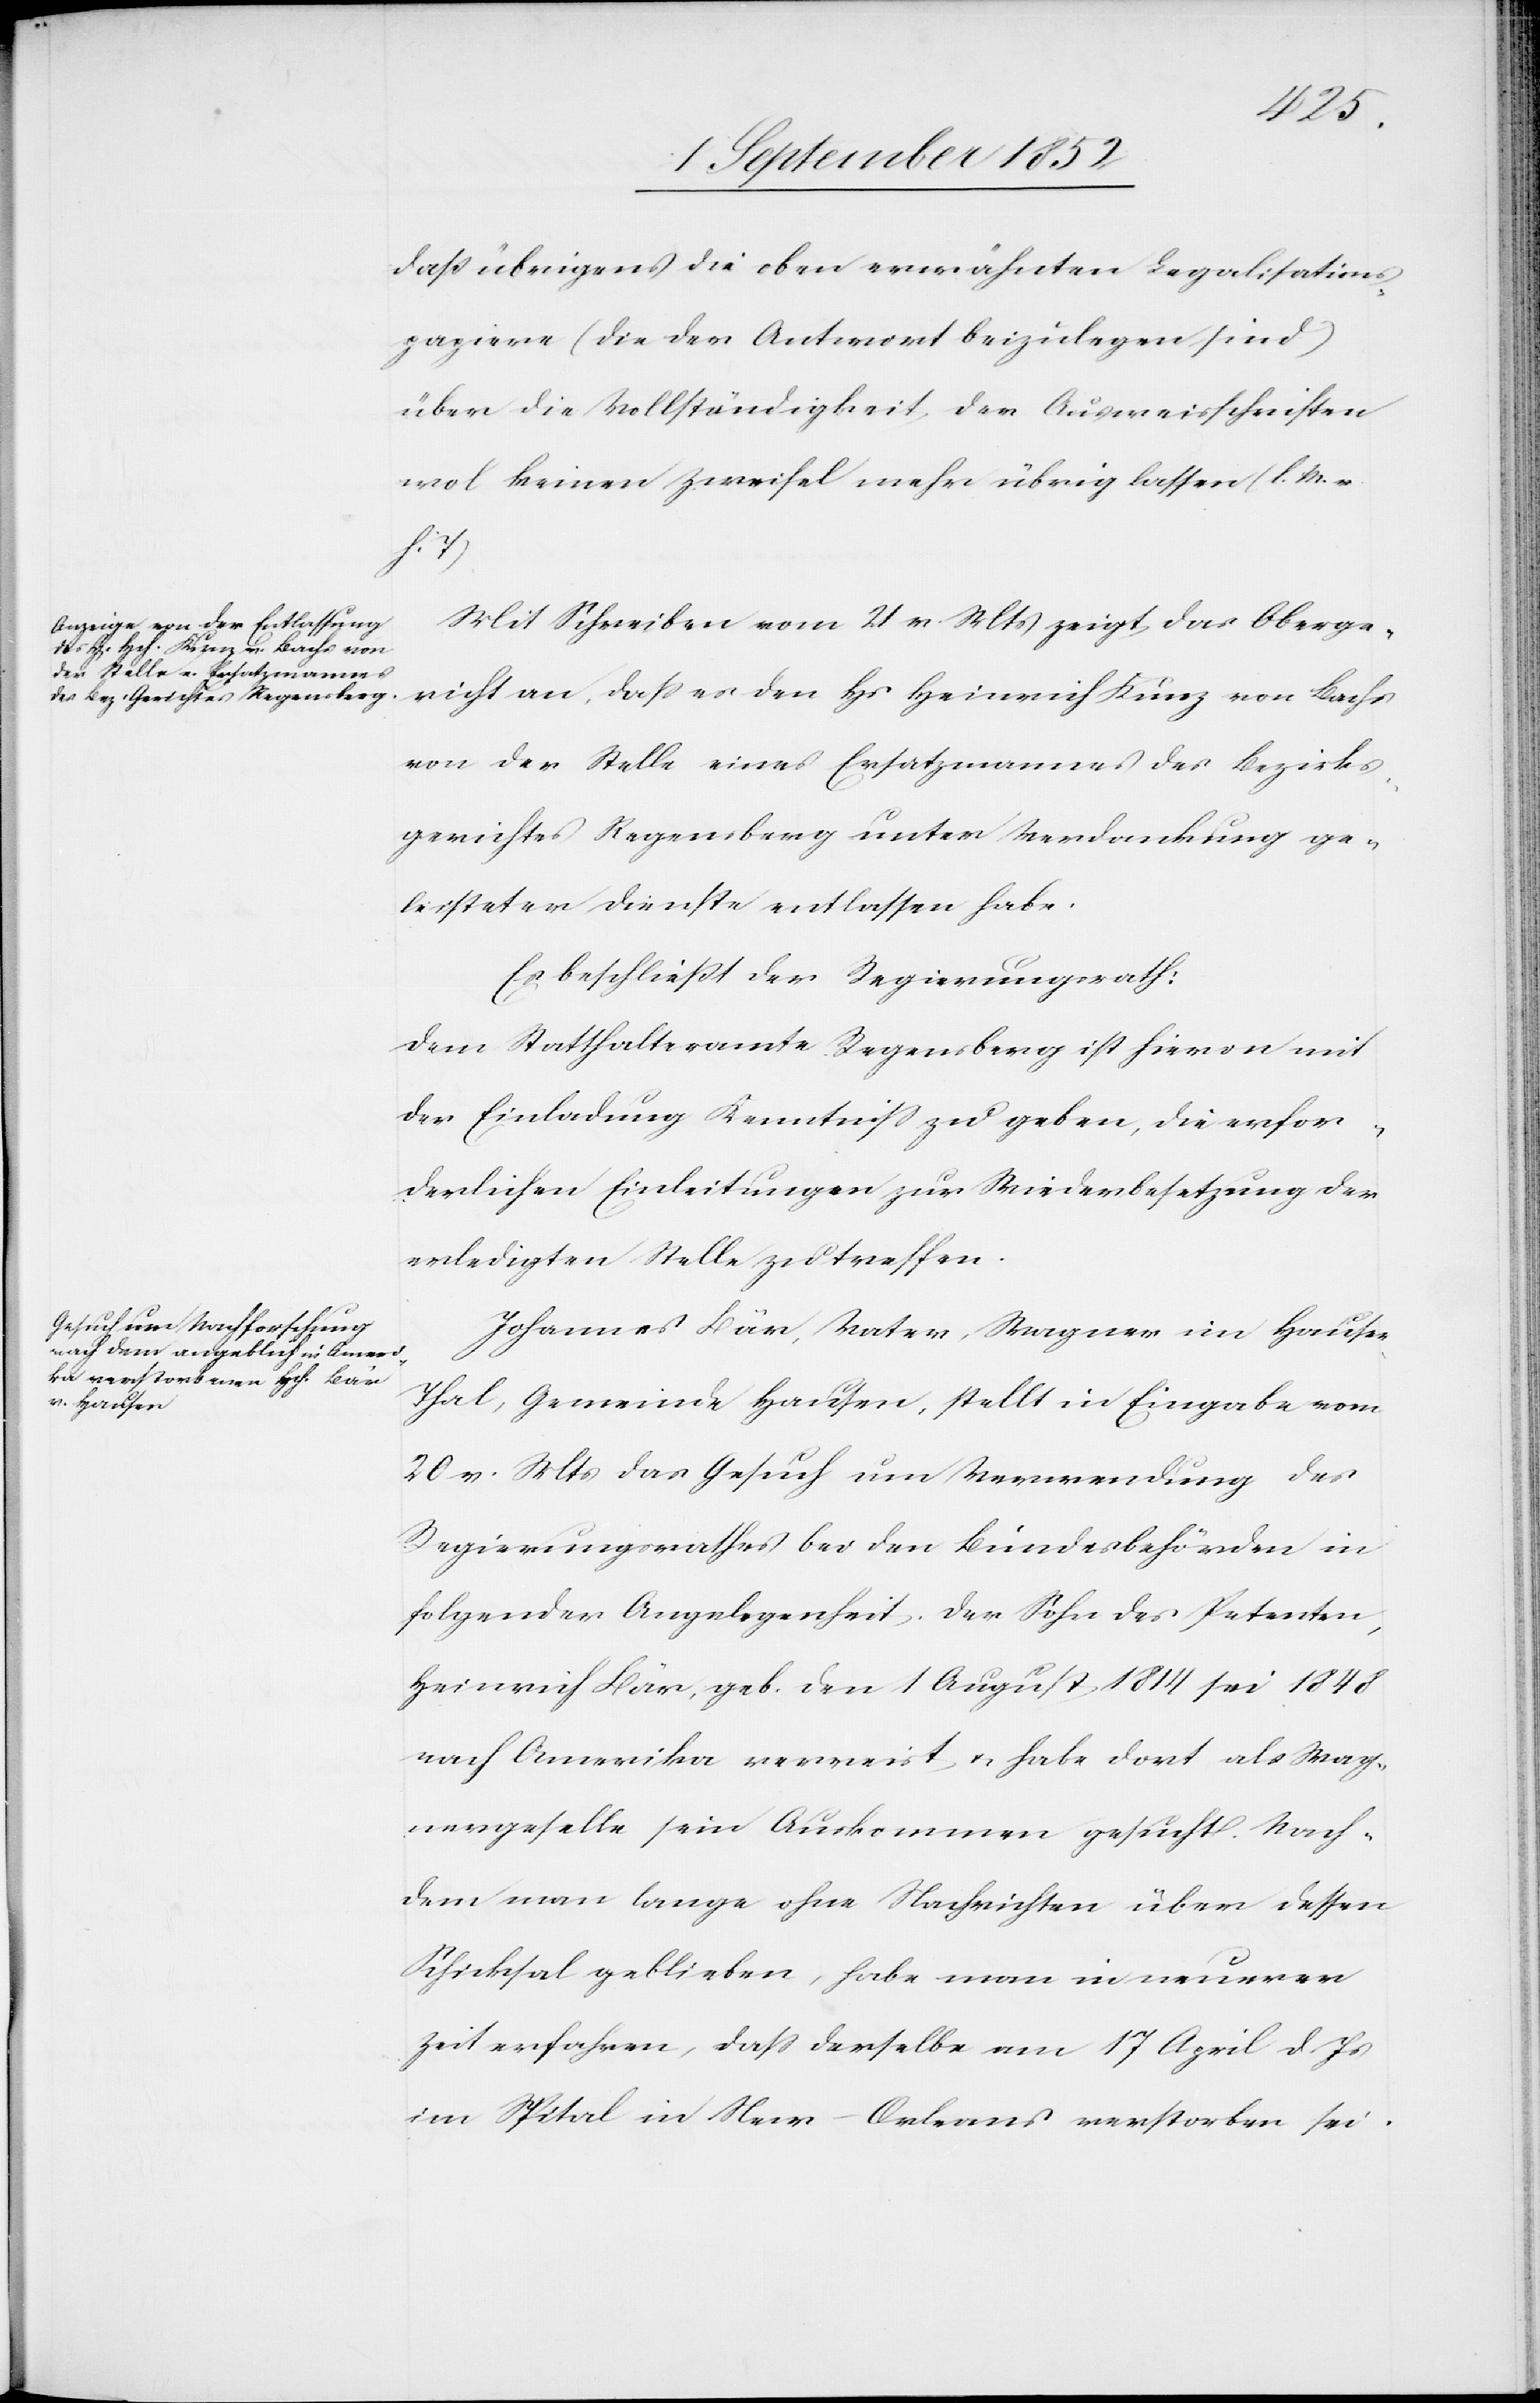
daß übrigens die oben erwähnten Legalisations¬
papiere (die der Antwort beizulegen sind)
über die Vollständigkeit der Ausweisschriften
wo[h]l keinen Zweifel mehr übrig lassen (l. M. v.
h.
Mit Schreiben vom 21 v. Mts zeigt das Oberge¬
richt an, dass es den Hs Heinrich Kunz von Bachs
von der Stelle eines Ersatzmannes des Bezirks¬
gerichtes Regensberg unter Verdankung ge¬
leisteter Dienste entlassen habe.
Es beschließt der Regierungsrath:
Dem Statthalteramte Regensberg ist hievon mit
der Einladung Kenntniss zu geben, die erfor¬
derlichen Einleitungen zur Wiederbesetzung der
erledigten Stelle zu treffen.
Johannes Bär, Vater, Wagner im Hause¬
r-Thal, Gemeinde Hausen, stellt in Eingabe vom
20 v. Mts das Gesuch um Verwendung des
Regierungsrathes bei den Bundesbehörden in
folgender Angelegenheit. Der Sohn des Petenten,
Heinrich Bär, geb. den 1 August 1814 sei 1848
nach Amerika verreist & habe dort als Wag¬
nergeselle sein Auskommen gesucht. Nach¬
dem man lange ohne Nachrichten über dessen
Schicksal geblieben, habe man in neuerer
Zeit erfahren, dass derselbe am 17 April d. Js
im Spital in New-Orleans verstorben sei.